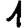
Digit: 1